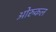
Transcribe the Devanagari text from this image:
ओरुकल